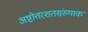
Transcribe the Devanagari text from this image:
अष्टोत्तरशतसंख्याक